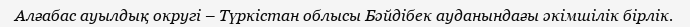
Алғабас ауылдық округі – Түркістан облысы Бәйдібек ауданындағы әкімшілік бірлік.